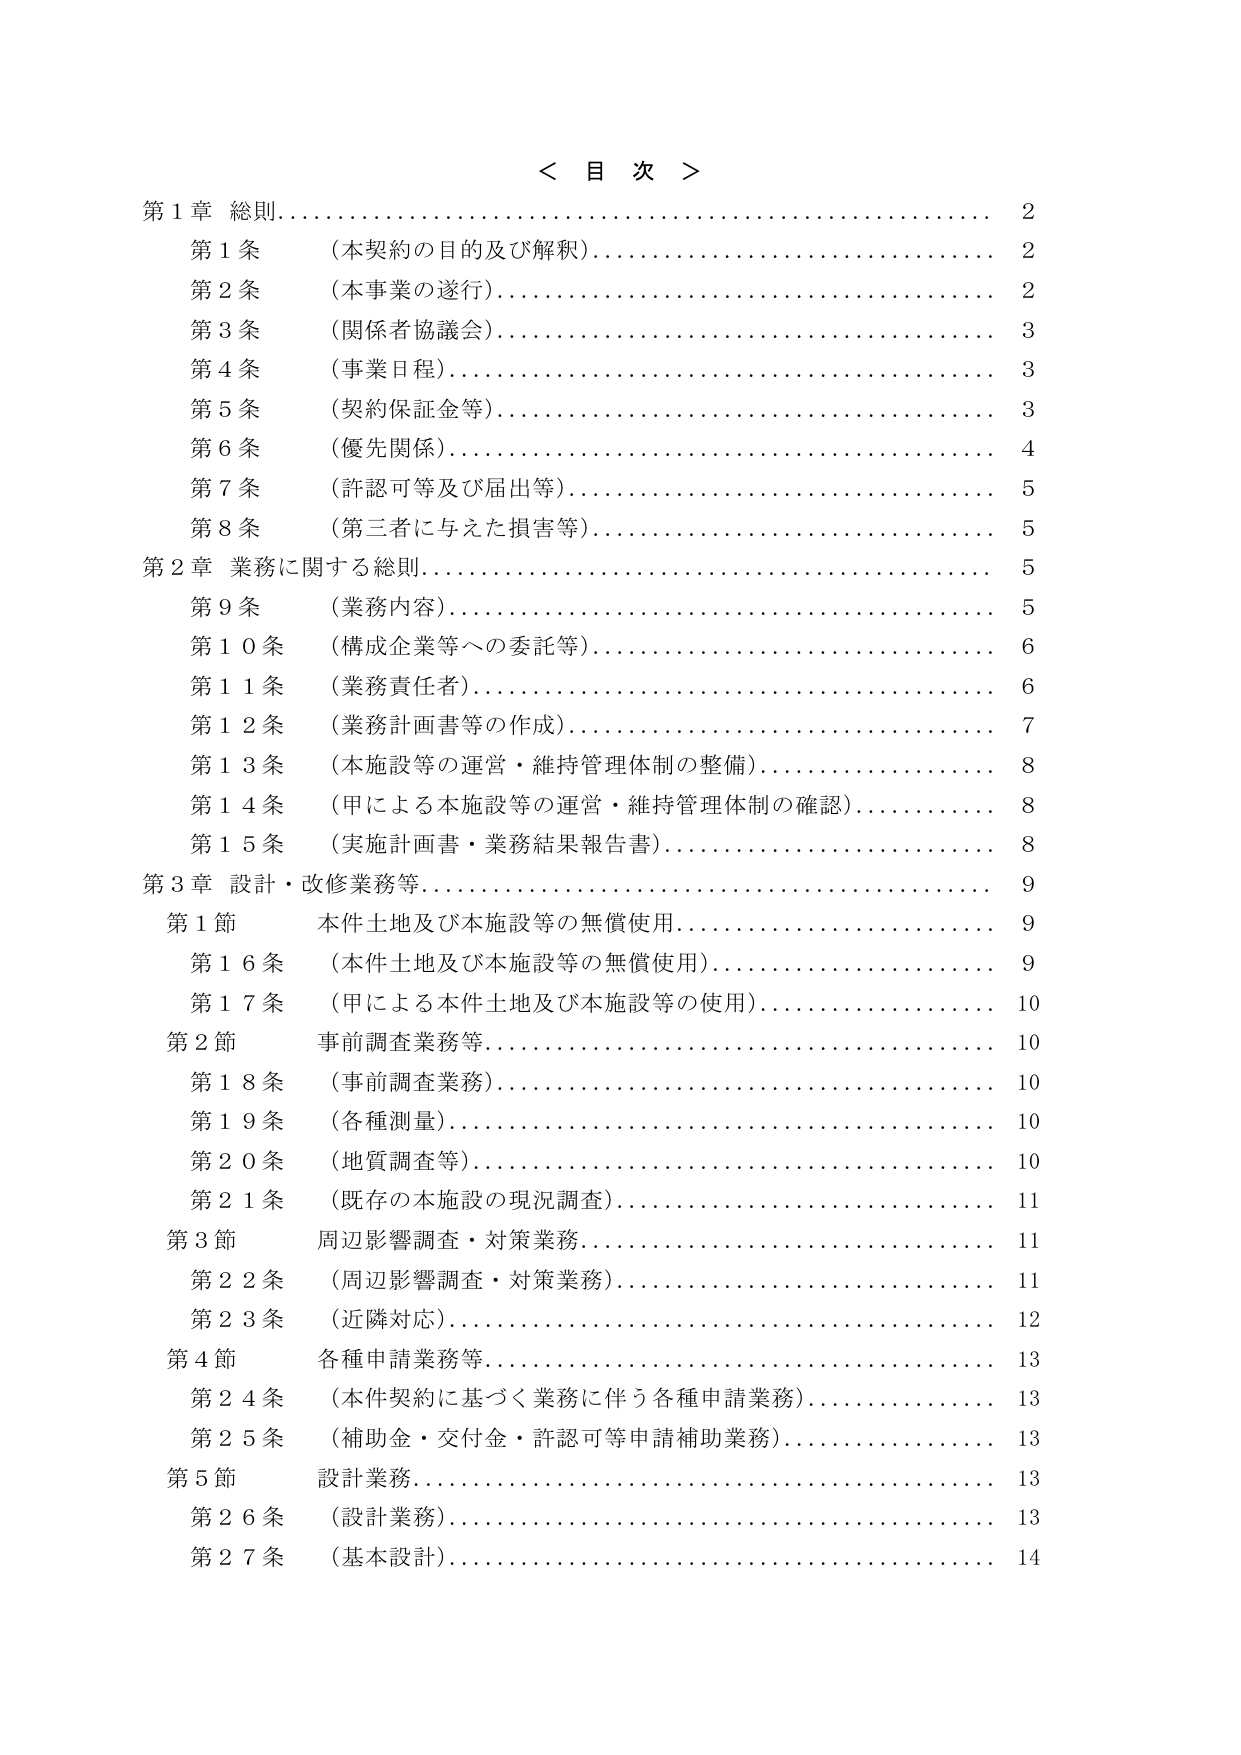
＜ 目 次 ＞

第１章 総則…………………………………………………………… 2
　第１条　（本契約の目的及び解釈）………………………………… 2
　第２条　（本事業の遂行）………………………………………… 2
　第３条　（関係者協議会）………………………………………… 3
　第４条　（事業日程）……………………………………………… 3
　第５条　（契約保証金等）………………………………………… 3
　第６条　（優先関係）……………………………………………… 4
　第７条　（許認可等及び届出等）………………………………… 5
　第８条　（第三者に与えた損害等）……………………………… 5

第２章 業務に関する総則…………………………………………… 5
　第９条　（業務内容）……………………………………………… 5
　第１０条　（構成企業等への委託等）…………………………… 6
　第１１条　（業務責任者）………………………………………… 6
　第１２条　（業務計画書等の作成）……………………………… 7
　第１３条　（本施設等の運営・維持管理体制の整備）………… 8
　第１４条　（甲による本施設等の運営・維持管理体制の確認） 8
　第１５条　（実施計画書・業務結果報告書）…………………… 8

第３章 設計・改修業務等…………………………………………… 9
　第１節　本件土地及び本施設等の無償使用……………………… 9
　　第１６条　（本件土地及び本施設等の無償使用）……………… 9
　　第１７条　（甲による本件土地及び本施設等の使用）………… 10
　第２節　事前調査業務等………………………………………… 10
　　第１８条　（事前調査業務）…………………………………… 10
　　第１９条　（各種測量）………………………………………… 10
　　第２０条　（地質調査等）……………………………………… 10
　　第２１条　（既存の本施設の現況調査）……………………… 11
　第３節　周辺影響調査・対策業務……………………………… 11
　　第２２条　（周辺影響調査・対策業務）……………………… 11
　　第２３条　（近隣対応）………………………………………… 12
　第４節　各種申請業務等………………………………………… 13
　　第２４条　（本件契約に基づく業務に伴う各種申請業務）…… 13
　　第２５条　（補助金・交付金・許認可等申請補助業務）……… 13
　第５節　設計業務………………………………………………… 13
　　第２６条　（設計業務）………………………………………… 13
　　第２７条　（基本設計）………………………………………… 14